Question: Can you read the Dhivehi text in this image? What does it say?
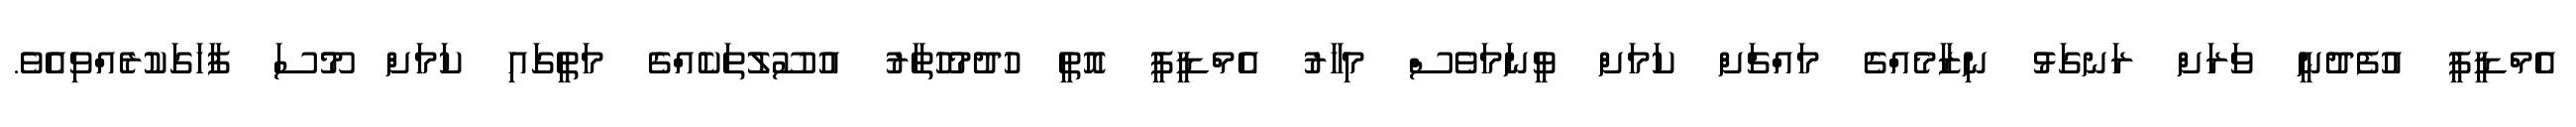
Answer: އެމްޑީޕީ އުފެދުނީ ވަރަށް ރަނގަޅު ނިޒާމެއްގެ މައްޗަށް ކަމަށް ވީނަމަވެސް މިހާރު އެމްޑީޕީ އޮތީ ހުދުމުހުތާރު އުސޫލުތަކެއްގެ މަތީގައި ކަމަށް މޫސަ ފާހަގަކުރެއްވިއެވެ.